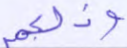
وذلكم